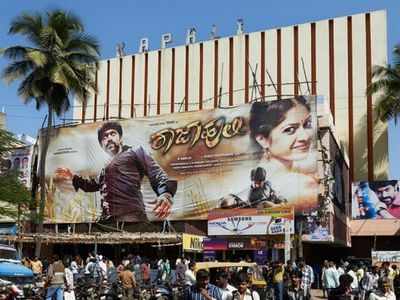
Language: kannada
Transcription: ರಾಜಾಹುಲಿ